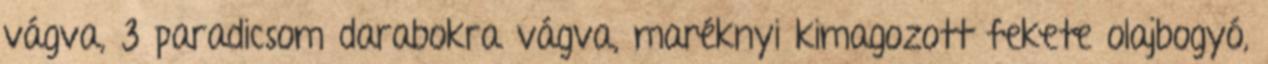
vágva, 3 paradicsom darabokra vágva, maréknyi kimagozott fekete olajbogyó,